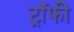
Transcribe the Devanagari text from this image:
ट्राॅफी